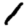
Digit: 1